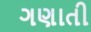
ગણાતી